Civil Veterinary Department Bihar reports 1940-50 - 1940-1950
Year: 1940
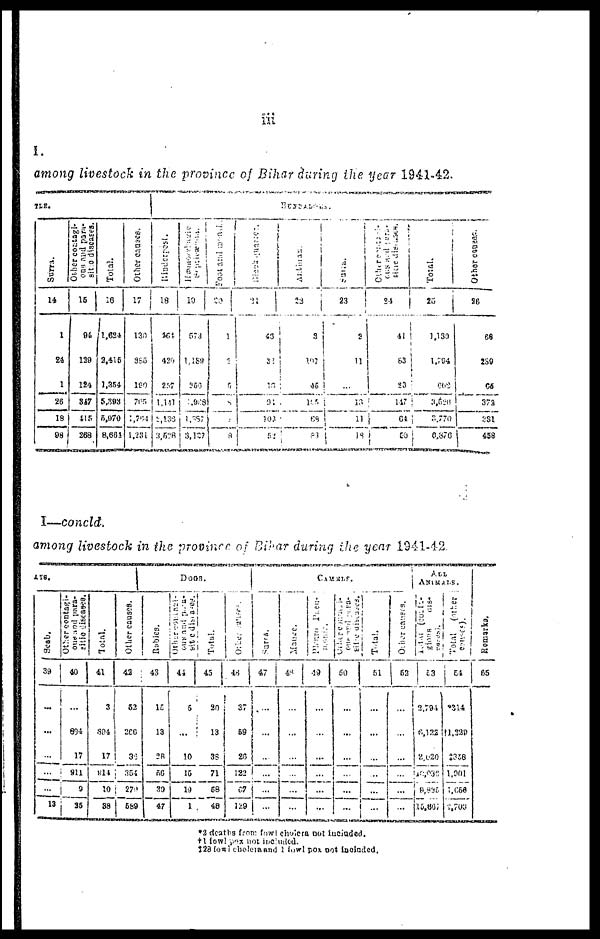
iii
I.
among livestock in the province of Bihar during the year 1941-42.
TLE.
Surra.
14
1
24
1
26
18
88
Other contagi-
ous and paru-
sit to diseases.
15
91
129
124
347
415
268
Total.
16
1,624
2,416
1.354
5,393
5,970
8,664
Other causes.
17
130
385
180
705
764
1,281
BUFFALOES.
Rinderpest
18
464
426
257
1,141
2,135
3,528
Hæmorrhagic
19
573
1,188
256
1,988
1,887
3,127
Foot and Mouth ...
20
1
2
5
8
8
Black
quarter
21
43
32
10
01
103
52
Anthrax.
22
3
107
...
105
69
83
Surra
23
2
11
...
13
11
I8
Other
contigu-
ous and para-
sitie
diseases.
24
41
63
23
147
64
50
Total.
25
1,139
1,794
662
3,526
3,770
6,876
Other causes.
26
68
239
65
37a
381
458
I
Concld,
among livestock in the province of Bihar during the year 1941-42.
AI8.
Scab.
39
...
...
...
...
...
13
Other
centagi--
oue and para-
40
...
894
17
911
9
25
Total.
41
3
894
17
814
10
38
Oilier causes.
42
63
266
36
354
279
589
Dogs.
Rabies
43
15
13
28
56
39
47
Other contigu-
ous and para-
sitie
diseases.
44
5
...
10
15
19
1
Total
45
20
13
38
71
68
48
46
37
59
26
122
67
129
CAMELS.
Saran.
47
...
...
...
...
...
...
Manse
48
...
...
...
...
...
...
Plerro
Pieu-
ilonio.
49
...
...
...
...
...
...
Other contigu-
ous and para-
sitie
diseases.
50
...
...
...
...
...
...
Total
51
...
...
...
...
...
...
Other causes
52
...
...
...
...
...
...
ALL
ANIMALS.
Total
(conta-
gions
di
seases).
53
2,794
6,122
2,020
10,008
8,836
15,837
Total
(other
causes).
54
314
11,229
‡358
1,901
1,058
2,700
Remarks.
55
2 deaths from fowl chuicra not iucluded.
* fowl pox not included.
‡23fowl cholers and 1 fowl pox not lucluded.